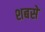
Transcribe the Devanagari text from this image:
शबसे